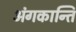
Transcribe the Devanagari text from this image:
अंगकान्ति